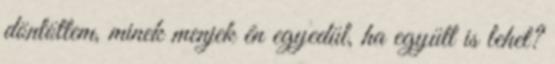
döntöttem, minek menjek én egyedül, ha együtt is lehet?